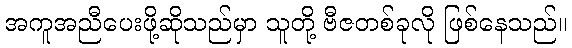
အကူအညီပေးဖို့ဆိုသည်မှာ သူတို့ ဗီဇတစ်ခုလို ဖြစ်နေသည်။